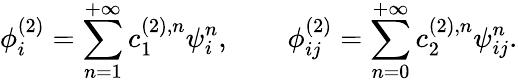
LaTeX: \phi_{i}^{(2)}=\sum_{n=1}^{+\infty}c_{1}^{(2),n}\psi_{i}^{n},\qquad\phi_{ij}^{(2)}=\sum_{n=0}^{+\infty}c_{2}^{(2),n}\psi_{ij}^{n}.